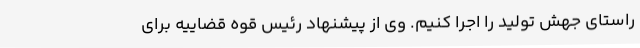
راستای جهش تولید را اجرا کنیم. وی از پیشنهاد رئیس قوه قضاییه برای